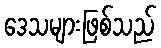
ဒေသများဖြစ်သည်